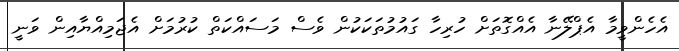
އެހެންވީމާ އެޕްލޭނާ އެއްގޮތަށް ހުރިހާ ގައުމުތަކަކުން ވެސް މަސައްކަތް ކުރުމަށް އެޖަމިއްޔާއިން ވަނީ